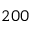
2 0 0